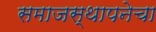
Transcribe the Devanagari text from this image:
समाजस्थापनेचा